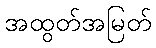
အထွတ်အမြတ်